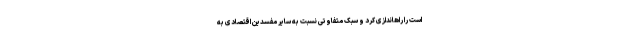
است را راهاندازی کرد و سبک متفاوتی نسبت به سایر مفسدین اقتصادی به